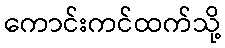
ကောင်းကင်ထက်သို့